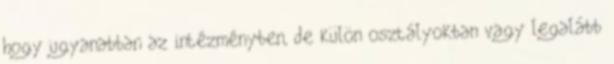
hogy ugyanabban az intézményben, de külön osztályokban vagy legalább